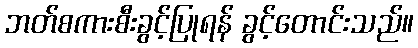
ဘတ်စကားစီးခွင့်ပြုရန် ခွင့်တောင်းသည်။